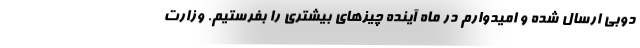
دوبی ارسال شده و امیدوارم در ماه آینده چیزهای بیشتری را بفرستیم. وزارت